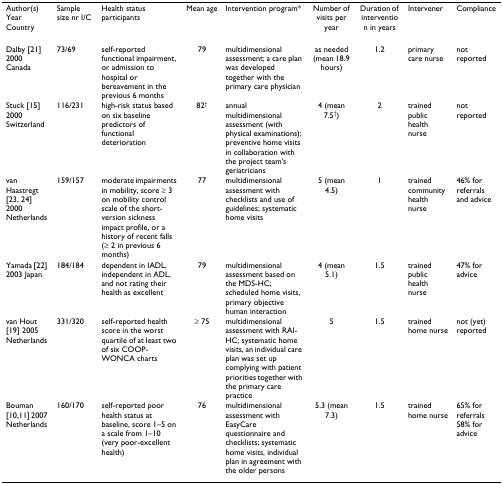
| Author(s) Year Country | Sample size nr I/C | Health status participants | Mean age | Intervention program* | Number of visits per year | Duration of intervention in years | Intervener | Compliance |
 | --- | --- | --- | --- | --- | --- | --- | --- | --- |
 | Dalby [21] 2000 Canada | 73/69 | self-reported functional impairment, or admission to hospital or bereavement in the previous 6 months | 79 | multidimensional assessment; a care plan was developed together with the primary care physician | as needed (mean 18.9 hours) | 1.2 | primary care nurse | not reported |
 | Stuck [15] 2000 Switzerland | 116/231 | high-risk status based on six baseline predictors of functional deterioration | 82† | annual multidimensional assessment (with physical examinations); preventive home visits in collaboration with the project team's geriatricians | 4 (mean 7.5†) | 2 | trained public health nurse | not reported |
 | van Haastregt [23, 24] 2000 Netherlands | 159/157 | moderate impairments in mobility, score ≥ 3 on mobility control scale of the short-version sickness impact profile, or a history of recent falls (≥ 2 in previous 6 months) | 77 | multidimensional assessment with checklists and use of guidelines; systematic home visits | 5 (mean 4.5) | 1 | trained community health nurse | 46% for referrals and advice |
 | Yamada [22] 2003 Japan | 184/184 | dependent in IADL, independent in ADL, and not rating their health as excellent | 79 | multidimensional assessment based on the MDS-HC; scheduled home visits, primary objective human interaction | 4 (mean 5.1) | 1.5 | trained public health nurse | 47% for advice |
 | van Hout [19] 2005 Netherlands | 331/320 | self-reported health score in the worst quartile of at least two of six COOP-WONCA charts | ≥ 75 | multidimensional assessment with RAI-HC; systematic home visits, an individual care plan was set up complying with patient priorities together with the primary care practice | 5 | 1.5 | trained home nurse | not (yet) reported |
 | Bouman [10,11] 2007 Netherlands | 160/170 | self-reported poor health status at baseline, score 1–5 on a scale from 1–10 (very poor-excellent health) | 76 | multidimensional assessment with EasyCare questionnaire and checklists; systematic home visits, individual plan in agreement with the older persons | 5.3 (mean 7.3) | 1.5 | trained home nurse | 65% for referrals 58% for advice |